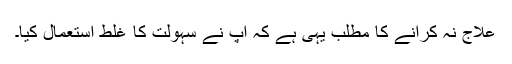
علاج نہ کرانے کا مطلب یہی ہے کہ آپ نے سہولت کا غلط استعمال کیا۔